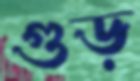
গুড়